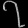
Digit: ၇